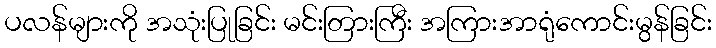
ပလန်များကို အသုံးပြုခြင်း မင်းတြားကြီး အကြားအာရုံကောင်းမွန်ခြင်း